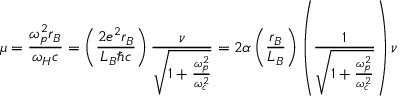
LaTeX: \mu = { \frac { \omega _ { p } ^ { 2 } r _ { B } } { \omega _ { H } c } } = \left( { \frac { 2 e ^ { 2 } r _ { B } } { L _ { B } \hbar c } } \right) { \frac { \nu } { \sqrt { 1 + { \frac { \omega _ { p } ^ { 2 } } { \omega _ { c } ^ { 2 } } } } } } = 2 \alpha \left( { \frac { r _ { B } } { L _ { B } } } \right) \left( { \frac { 1 } { \sqrt { 1 + { \frac { \omega _ { p } ^ { 2 } } { \omega _ { c } ^ { 2 } } } } } } \right) \nu